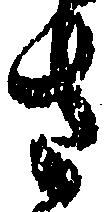
さ